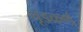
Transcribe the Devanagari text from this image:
चूडकर्ण